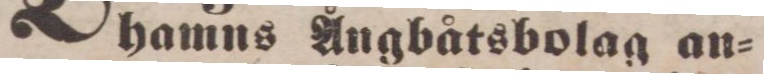
hamns Ångbåtsbolag an=